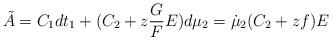
LaTeX: \begin{align*}\tilde{A} = C_{1} dt_{1} + (C_{2} + z \frac{G}{F} E) d\mu_{2} = \dot{\mu}_{2} (C_{2} + z f)E\end{align*}